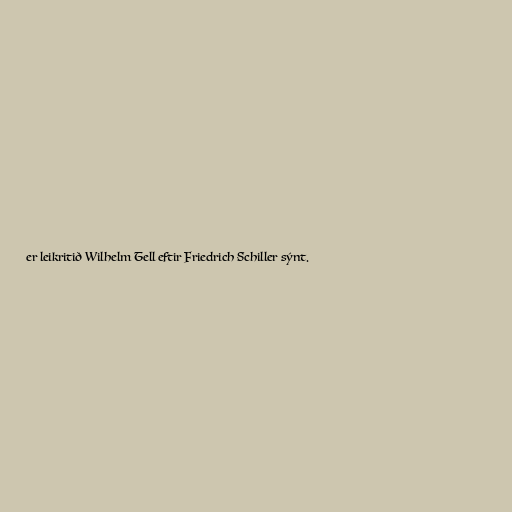
er leikritið Wilhelm Tell eftir Friedrich Schiller sýnt.